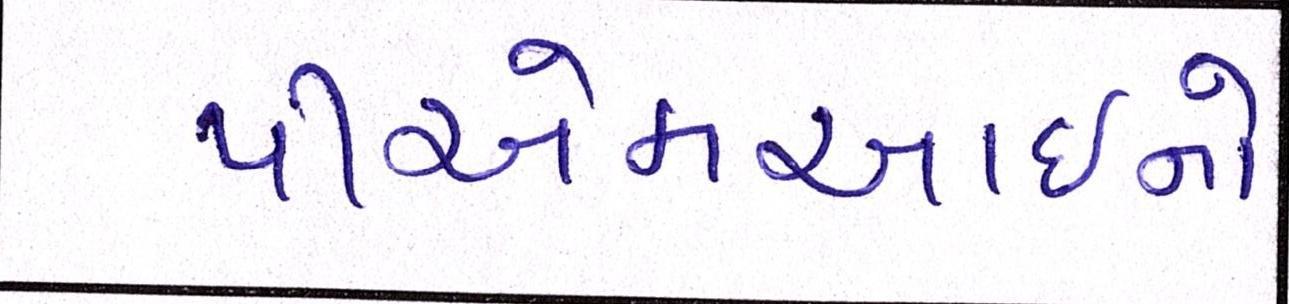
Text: પીએમઆઇનો